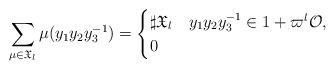
LaTeX: \begin{align*} \sum_{\mu\in\mathfrak{X}_l} \mu(y_1y_2y_3^{-1}) =\begin{cases}\sharp\mathfrak{X}_l & y_1y_2y_3^{-1}\in 1+\varpi^l \mathcal{O}, \\0 &\end{cases} \end{align*}